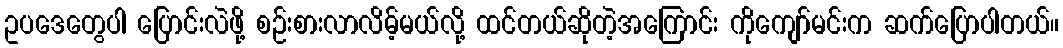
ဥပဒေတွေပါ ပြောင်းလဲဖို့ စဉ်းစားလာလိမ့်မယ်လို့ ထင်တယ်ဆိုတဲ့အကြောင်း ကိုကျော်မင်းက ဆက်ပြောပါတယ်။